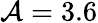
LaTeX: \mathcal{A}=3.6